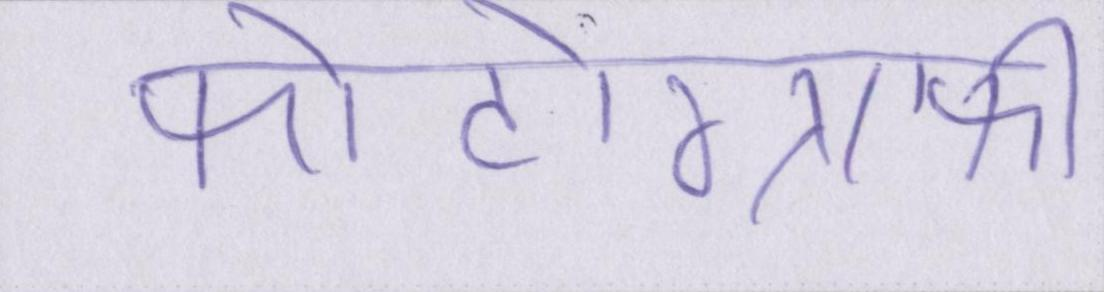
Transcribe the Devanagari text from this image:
फोटोग्राफी